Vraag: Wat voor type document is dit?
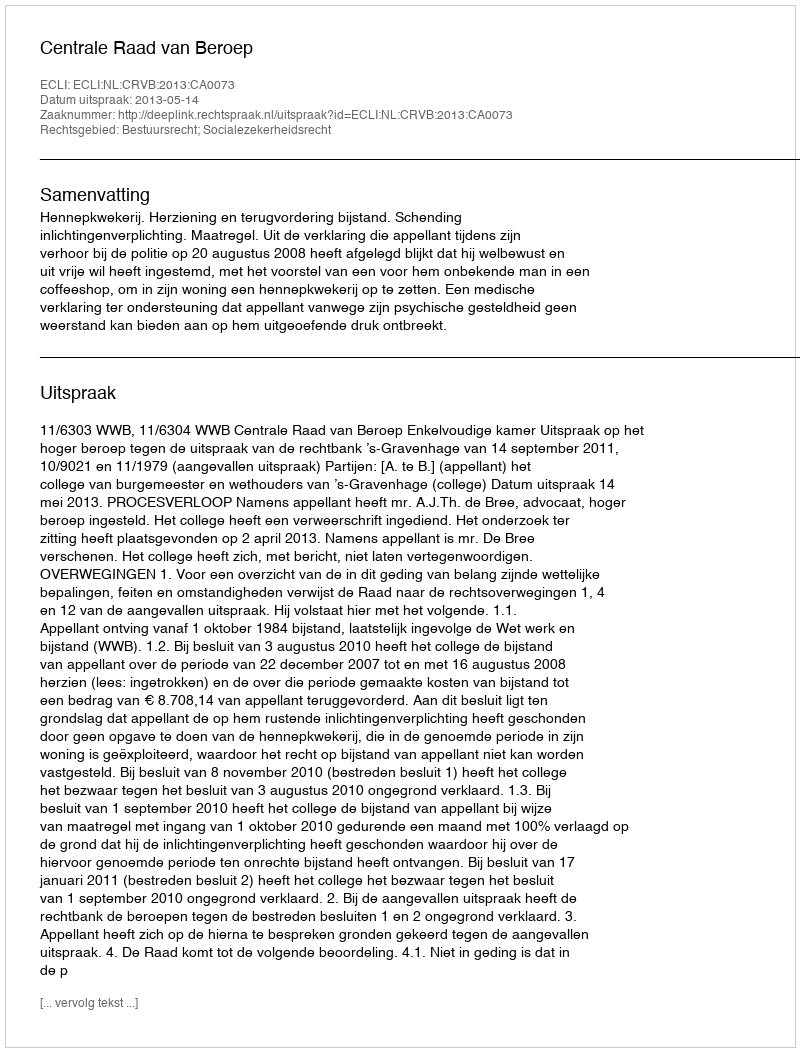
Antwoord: Uitspraak